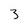
Character: 3